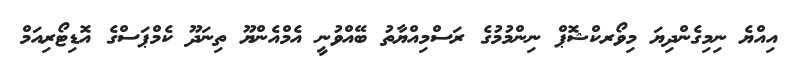
އިއްޔެ ނިމިގެންދިޔަ މިވޯރކްޝޮޕް ނިންމުމުގެ ރަސްމިއްޔާތު ބޭއްވުނީ އެމްއެންޔޫ ތިނަދޫ ކެމްޕަސްގެ އޮޑިޓޯރިއަމް